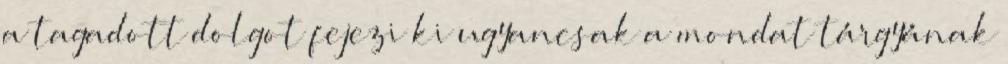
a tagadott dolgot fejezi ki ugyancsak a mondat tárgyának